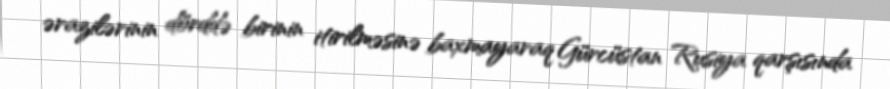
ərazilərinin dörddə birinin itirilməsinə baxmayaraq Gürcüstan Rusiya qarşısında